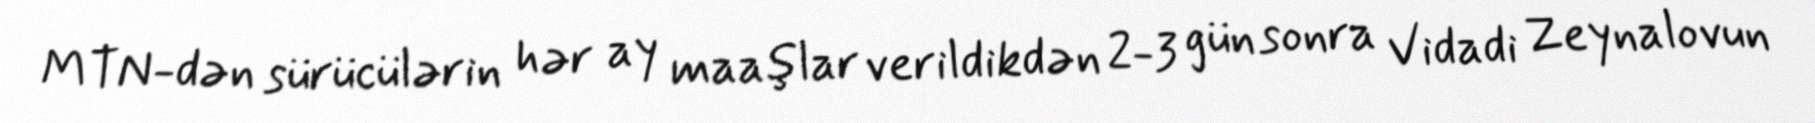
MTN-dən sürücülərin hər ay maaşlar verildikdən 2-3 gün sonra Vidadi Zeynalovun